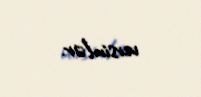
versinlər.